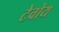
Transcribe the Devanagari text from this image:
टेवोय